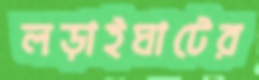
লড়াইঘাটের